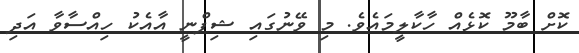
ކޮށް ބާމޫ ކޮޅެއް ހާކާލީމައެވެ. މި ވޭނުގައި ޝިފްނީ އާއެކު ހިއްސާވާ އަދި